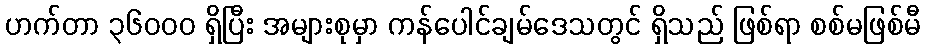
ဟက်တာ ၃၆၀၀၀ ရှိပြီး အများစုမှာ ကန်ပေါင်ချမ်ဒေသတွင် ရှိသည် ဖြစ်ရာ စစ်မဖြစ်မီ